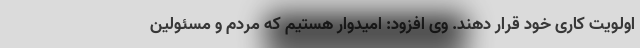
اولویت کاری خود قرار دهند. وی افزود: امیدوار هستیم که مردم و مسئولین